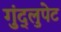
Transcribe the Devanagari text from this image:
गुंद्लुपेट